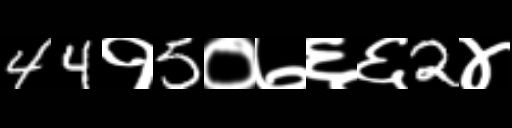
Text: 44१5०७६६2४